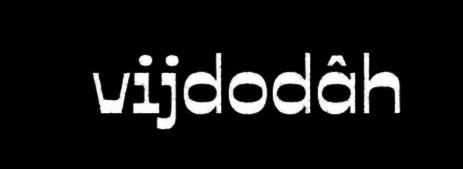
vijdodâh